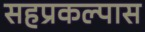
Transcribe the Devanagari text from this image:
सहप्रकल्पास